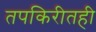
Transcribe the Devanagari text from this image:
तपकिरीतही